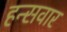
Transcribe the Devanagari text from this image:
हन्सवार